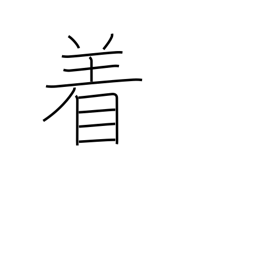
Meaning: counter for suits of clothing